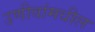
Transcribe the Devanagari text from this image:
उणीवांमधील